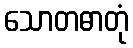
သောတဓာတုံ